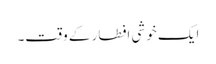
ایک خوشی افطار کے وقت۔